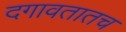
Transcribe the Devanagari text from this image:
दगावतातच